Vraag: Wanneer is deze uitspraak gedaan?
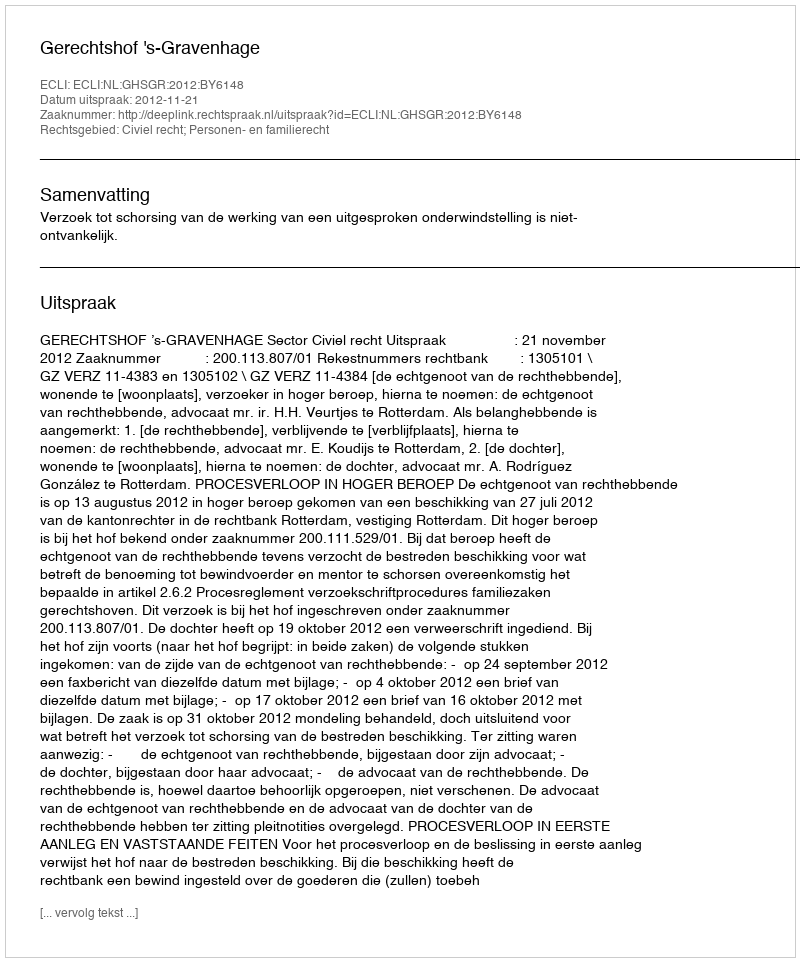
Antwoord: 2012-11-21